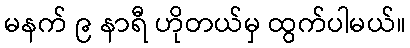
မနက် ၉ နာရီ ဟိုတယ်မှ ထွက်ပါမယ်။